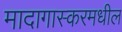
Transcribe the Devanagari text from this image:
मादागास्करमधील